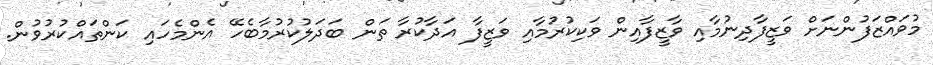
މުވައްޒަފުންނަށް ވަޒީފާދިނުމާއި ވާޒީފާއިން ވަކިކުރުމާއި ވަޒީފާ އަދާކުރާ ތަން ބަދަލުކުރުމާބެހޭ އެންމެހައި ކަންތައްކުރުވުން.